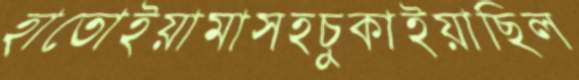
হাতোইয়ামাসহচুকাইয়াছিল